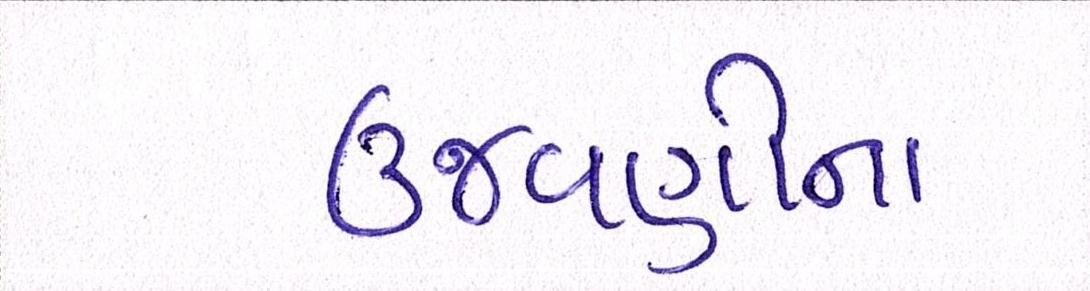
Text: ઉજવણીના